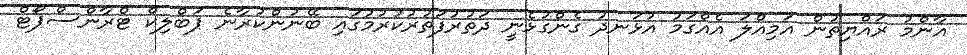
އާންމު ރައްޔިތުން އަމިއްލަ އެއްގަމު އުޅަނދު ގެންގުޅެނީ ދަތުރުފަތުރުކުރުމުގައި ބޭނުންކުރާނެ ޕަބްލިކް ޓްރާންސްޕޯޓް